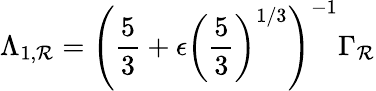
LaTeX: \Lambda_{1,\mathcal{R}}=\left(\frac{5}{3}+\epsilon\left(\frac{5}{3}\right)^{1/3}\right)^{-1}\Gamma_{\mathcal{R}}